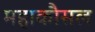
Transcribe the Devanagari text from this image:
महाकौसल